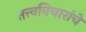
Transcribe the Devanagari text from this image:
तत्त्वविचारांचे